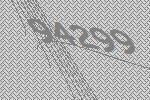
94299